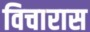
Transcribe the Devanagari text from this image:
विचारास